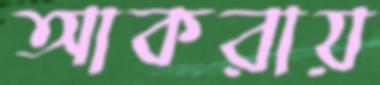
আকরায়